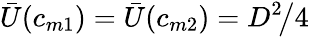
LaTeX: \bar{U}(c_{m1})=\bar{U}(c_{m2})=D^{2}\! \big/4